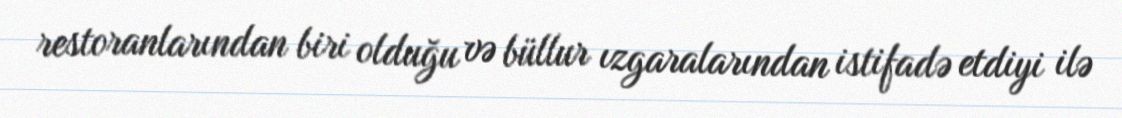
restoranlarından biri olduğu və büllur ızgaralarından istifadə etdiyi ilə